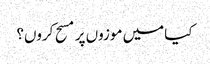
کیا میں موزوں پر مسح کروں؟